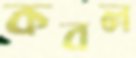
কবল